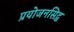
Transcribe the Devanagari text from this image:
प्रयोजनसिद्ध